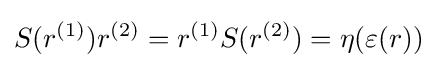
S(r^{(1)})r^{(2)}=r^{(1)}S(r^{(2)})=\eta (\varepsilon (r))